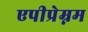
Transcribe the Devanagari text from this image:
एपीप्रेम्नम